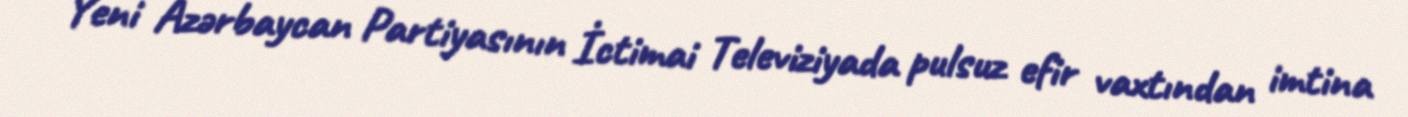
Yeni Azərbaycan Partiyasının İctimai Televiziyada pulsuz efir vaxtından imtina